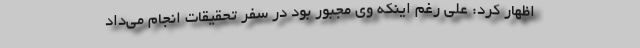
اظهار کرد: علی رغم اینکه وی مجبور بود در سفر تحقیقات انجام می‌داد